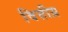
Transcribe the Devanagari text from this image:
वित्तीय़